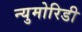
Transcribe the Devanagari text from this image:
न्युमोरिडी